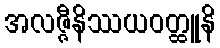
အလဇ္ဇီနိဿယဝတ္ထူနိ